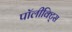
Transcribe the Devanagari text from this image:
पॉलीक्ट्सि